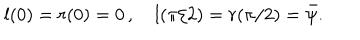
l ( 0 ) = r ( 0 ) = 0 \, , \quad l ( \pi / 2 ) = r ( \pi / 2 ) = { \bar { \psi } } .